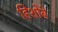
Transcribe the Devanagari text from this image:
हिशोबे